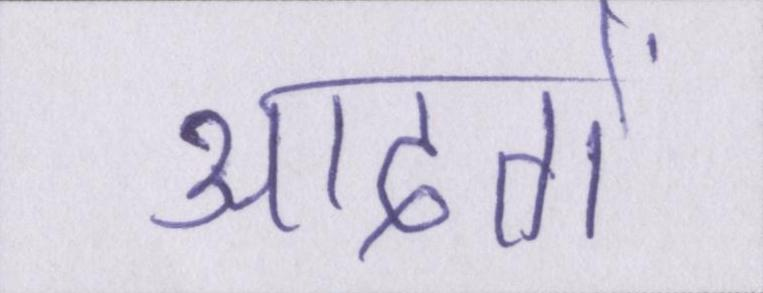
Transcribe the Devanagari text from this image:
आदतों